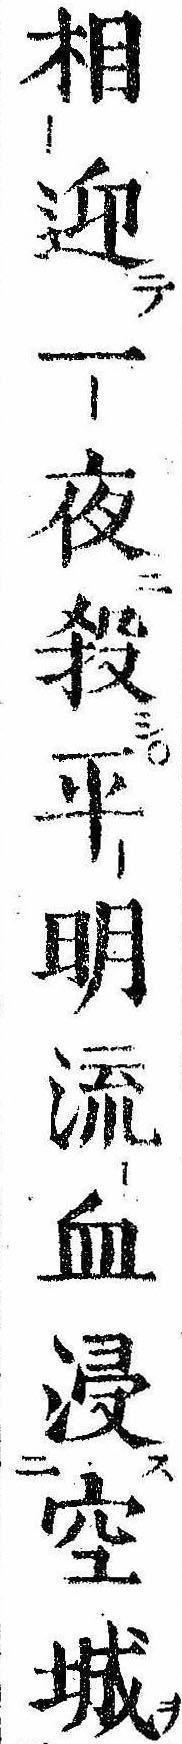
相迎一夜殺平明流血浸空城